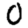
Digit: 0